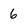
Character: 6